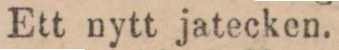
Ett nytt jatecken.